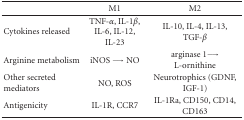
|  | M1 | M2 |
 | --- | --- | --- |
 | Cytokines released | TNF-α, IL-1β, IL-6, IL-12, IL-23 | IL-10, IL-4, IL-13, TGF-β |
 | Arginine metabolism | iNOS → NO | arginase 1→ L-ornithine |
 | Other secreted mediators | NO, ROS | Neurotrophics (GDNF, IGF-1) |
 | Antigenicity | IL-1R, CCR7 | IL-1Ra, CD150, CD14, CD163 |